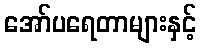
အော်ပရေတာများနှင့်